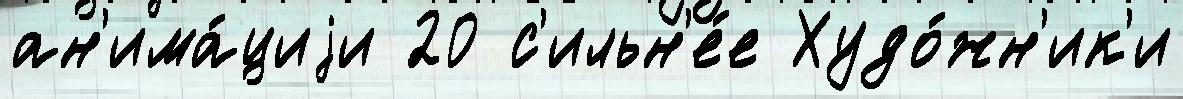
ан'има́циjи 20 с'ильн'е́е Худо́жн'ик'и